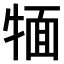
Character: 𤚛